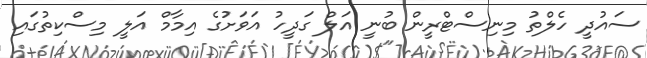
ސައުދީ ހެލްތު މިނިސްޓްރީން ބުނީ އަލް ގަދީހު އަވަށުގެ އިމާމް އަލީ މިސްކިތުގައި